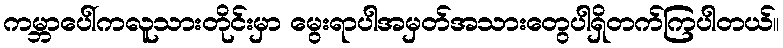
ကမ္ဘာပေါ်ကလူသားတိုင်းမှာ မွေးရာပါအမှတ်အသားတွေပါရှိတက်ကြပါတယ်။